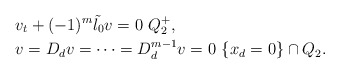
\begin{align*}&v_t+(-1)^m \tilde{\l_0} v=0\,\,Q_2^+,\\&v=D_d v=\cdots=D_d^{m-1}v=0\,\,\{x_d=0\}\cap Q_2.\end{align*}